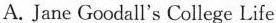
A.Jane Goodall's College Life